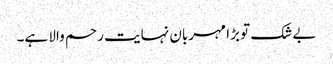
بے شک تو بڑا مہربان نہایت رحم والا ہے۔